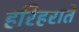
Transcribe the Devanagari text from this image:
हरिहराते